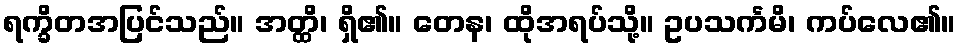
ရက္ခိတအပြင်သည်။ အတ္ထိ၊ ရှိ၏။ တေန၊ ထိုအရပ်သို့။ ဥပသင်္ကမိ၊ ကပ်လေ၏။